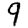
Digit: 9